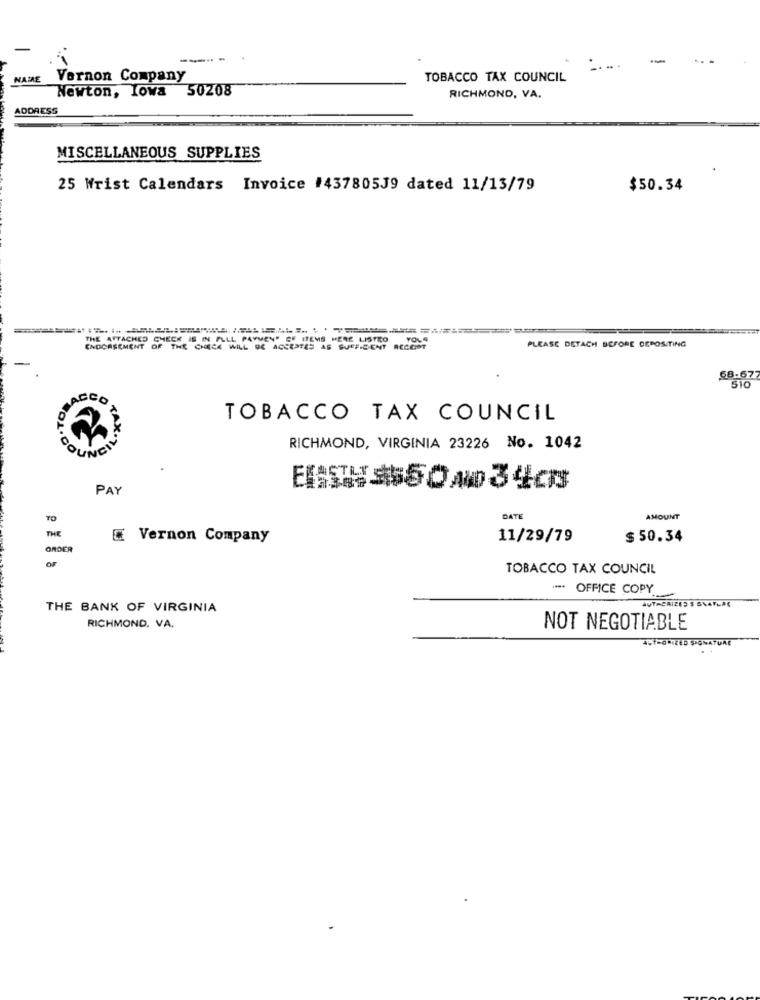
----
--
.. .
NAME
Vernon Company
TOBACCO TAX COUNCIL
Newton, Iowa 50208
RICHMOND, VA.
ADDRESS
MISCELLANEOUS SUPPLIES
25 Wrist Calendars Invoice #43780539 dated 11/13/79
$50.34
THE ATTACHED CHECK IS IN FLLL PAYMEN" CE ITEMS HERE LISTEO
YOL4
ENDORSEMENT OF THE CHECK WILL BE ACCEPTED AS SUFFICIENT RECGOT
PLEASE DETACH BEFORE DEPOSITING
-
58.67
ACCO
TOBACCO TAX COUNCIL
COUNCIL
RICHMOND, VIRGINIA 23226 No. 1042
PAY
DATE
AMOUNT
THE
E Vernon Company
11/29/79
$ 50.34
ORDER
OF
TOBACCO TAX COUNCIL
.... OFFICE COPY
THE BANK OF VIRGINIA
AUTACHIZED'S STATEPE
RICHMOND, VA.
NOT NEGOTIABLE
ABY=GIZED SIGNATURE